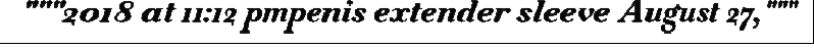
"""2018 at 11:12 pmpenis extender sleeve August 27,"""